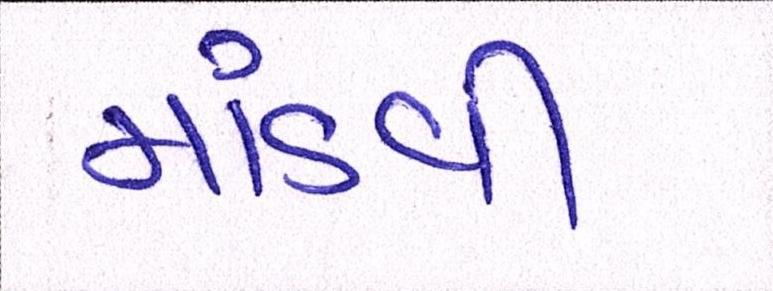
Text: માંડવી